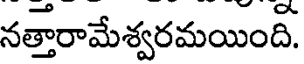
నత్తారామేశ్వరమయిందీ.